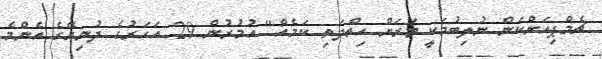
ޗެމްޕިއަންކަން ނުލިބުމަކީ ވަރަށް ހިތްދަތި ކަމެއް" އުމުރުން 29 އަހަރުގެ ދުނިޔޭގެ އެންމެ